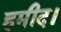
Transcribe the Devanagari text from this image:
हमीद।